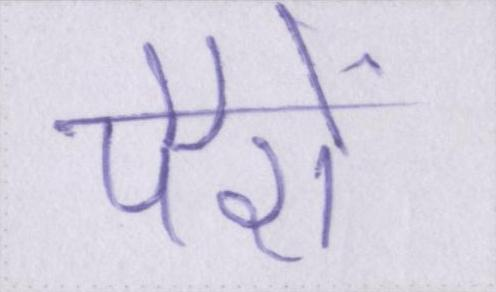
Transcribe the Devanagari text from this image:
पैरों